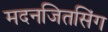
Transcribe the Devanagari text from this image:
मदनजितसिंग